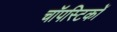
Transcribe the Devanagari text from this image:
चॉपस्टिकों